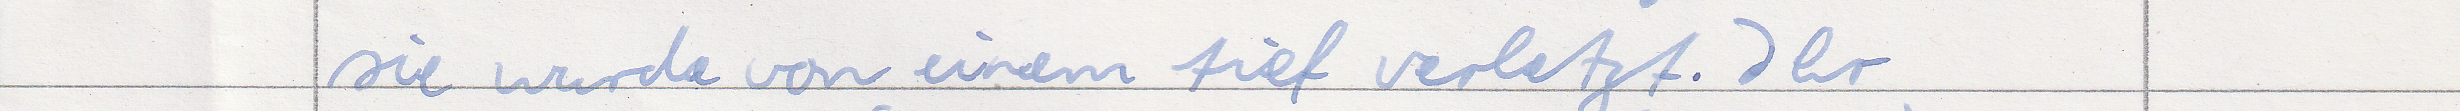
sie wurde von einem tief verletzt. Ihr